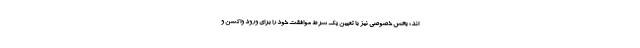
اند؛ بخش خصوصی نیز با تعیین یک شرط موافقت خود را برای ورود واکسن و